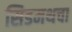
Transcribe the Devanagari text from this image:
सिडमथचा